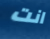
انت